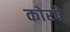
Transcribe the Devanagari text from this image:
कोरपे